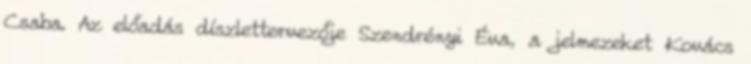
Csaba. Az előadás díszlettervezője Szendrényi Éva, a jelmezeket Kovács